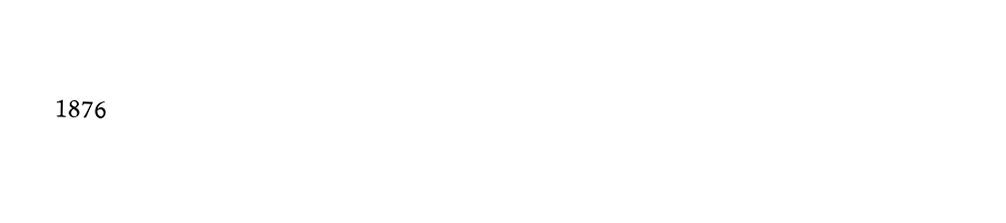

1876